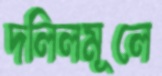
দলিলমূলে